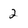
Character: 2